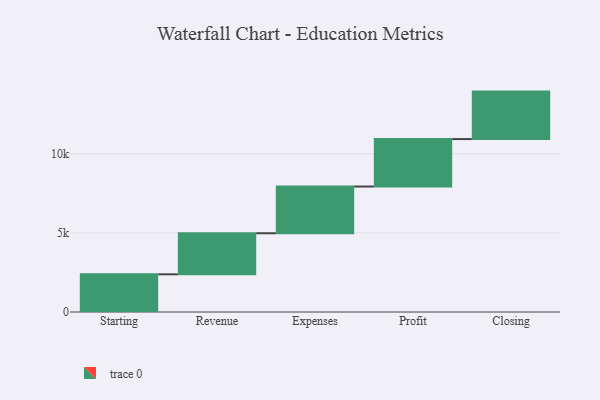
{"axis": {"x": "Step", "y": "Value"}, "legend": [""], "data": [{"x": "Starting", "y": 2382.0, "type": ""}, {"x": "Revenue", "y": 2595.0, "type": ""}, {"x": "Expenses", "y": 2952.0, "type": ""}, {"x": "Profit", "y": 3000, "type": ""}, {"x": "Closing", "y": 3000, "type": ""}]}